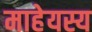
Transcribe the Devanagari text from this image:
माहेयस्य